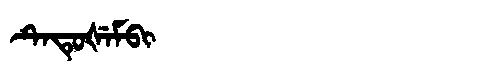
Manchu: ᡨᡝᡨᡠᡧᡝᠮᠪᡳ
Romanization: TETUŠEMBI